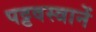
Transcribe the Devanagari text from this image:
पट्टवस्त्रानें